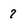
Character: 7